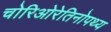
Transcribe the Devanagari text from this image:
चोरिओरेतिनोपथ्य